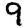
Digit: 9